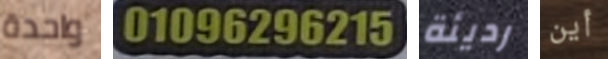
واحدة 01069296215 رديئة أين